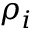
{ \boldsymbol \rho } _ { i }